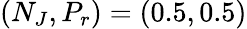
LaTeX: (N_{J},P_{r})=(0.5,0.5)